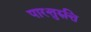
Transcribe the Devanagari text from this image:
पारत्तुरुत्ति